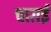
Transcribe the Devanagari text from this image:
चाग़ई